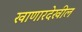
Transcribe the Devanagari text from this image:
खाणारदेखील